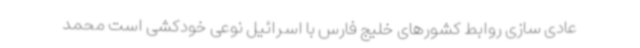
عادی سازی روابط کشورهای خلیج فارس با اسرائیل نوعی خودکشی است محمد